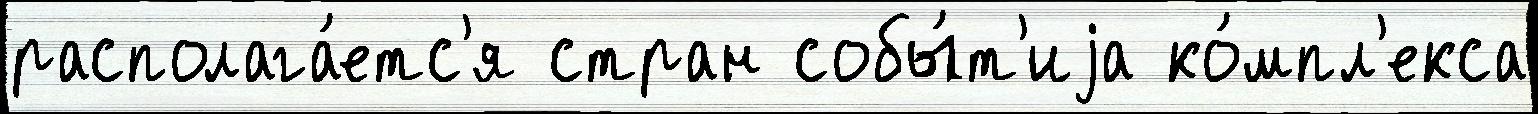
располага́етс'я стран собы́т'иjа ко́мпл'екса